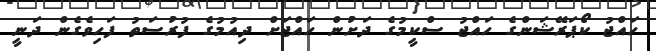
ހައްޖު ކޯޕަރޭޝަންގެ ހައްޖު ސްކީމުގެ ދަށުން ހައްޖަށް ދިއުމުގެ ފުރުސަތު ފަހިވެގެން ދަނީ